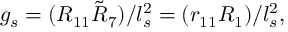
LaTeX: g _ { s } = ( R _ { 1 1 } \tilde { R } _ { 7 } ) / l _ { s } ^ { 2 } = ( r _ { 1 1 } R _ { 1 } ) / l _ { s } ^ { 2 } ,